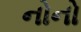
નોનો